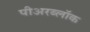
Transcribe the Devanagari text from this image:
पीअरब्लॉक